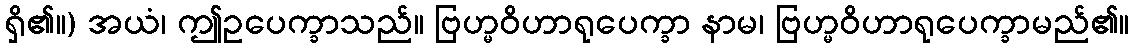
ရှိ၏။) အယံ၊ ဤဥပေက္ခာသည်။ ဗြဟ္မဝိဟာရုပေက္ခာ နာမ၊ ဗြဟ္မဝိဟာရုပေက္ခာမည်၏။